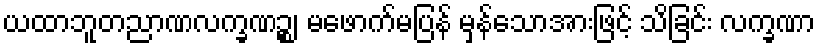
ယထာဘူတညာဏလက္ခဏဉ္စ၊ မဖောက်မပြန် မှန်သောအားဖြင့် သိခြင်း လက္ခဏာ